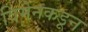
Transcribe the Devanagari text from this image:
विमेनकडून